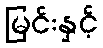
မြင်းနှင့်